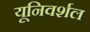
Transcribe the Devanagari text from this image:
यूनिवर्शल